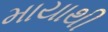
માયાથી